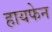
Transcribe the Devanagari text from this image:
हायफेन